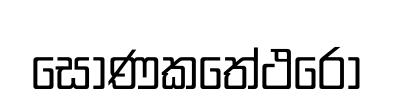
සොණකතේථරො